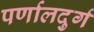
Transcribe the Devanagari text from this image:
पर्णालदुर्ग